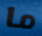
ما